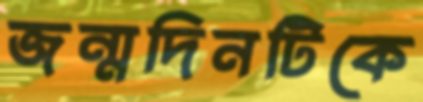
জন্মদিনটিকে